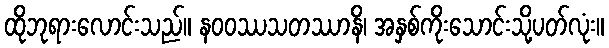
ထိုဘုရားလောင်းသည်။ နဝဝဿသတဿာနိ၊ အနှစ်ကိုးသောင်းသို့ပတ်လုံး။